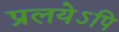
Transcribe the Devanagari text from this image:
प्रलयेऽपि